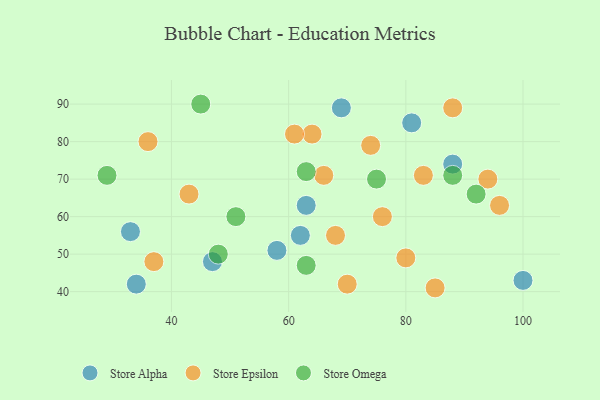
{"axis": {"x": "GDP", "y": "Life Expectancy"}, "legend": ["Store Alpha", "Store Epsilon", "Store Omega"], "data": [{"x": "88", "y": 74, "type": "Store Alpha"}, {"x": "62", "y": 55, "type": "Store Alpha"}, {"x": "63", "y": 63, "type": "Store Alpha"}, {"x": "33", "y": 56, "type": "Store Alpha"}, {"x": "47", "y": 48, "type": "Store Alpha"}, {"x": "34", "y": 42, "type": "Store Alpha"}, {"x": "100", "y": 43, "type": "Store Alpha"}, {"x": "58", "y": 51, "type": "Store Alpha"}, {"x": "81", "y": 85, "type": "Store Alpha"}, {"x": "69", "y": 89, "type": "Store Alpha"}, {"x": "76", "y": 60, "type": "Store Epsilon"}, {"x": "88", "y": 89, "type": "Store Epsilon"}, {"x": "94", "y": 70, "type": "Store Epsilon"}, {"x": "85", "y": 41, "type": "Store Epsilon"}, {"x": "70", "y": 42, "type": "Store Epsilon"}, {"x": "68", "y": 55, "type": "Store Epsilon"}, {"x": "64", "y": 82, "type": "Store Epsilon"}, {"x": "37", "y": 48, "type": "Store Epsilon"}, {"x": "66", "y": 71, "type": "Store Epsilon"}, {"x": "43", "y": 66, "type": "Store Epsilon"}, {"x": "80", "y": 49, "type": "Store Epsilon"}, {"x": "36", "y": 80, "type": "Store Epsilon"}, {"x": "61", "y": 82, "type": "Store Epsilon"}, {"x": "74", "y": 79, "type": "Store Epsilon"}, {"x": "96", "y": 63, "type": "Store Epsilon"}, {"x": "83", "y": 71, "type": "Store Epsilon"}, {"x": "75", "y": 70, "type": "Store Omega"}, {"x": "45", "y": 90, "type": "Store Omega"}, {"x": "63", "y": 47, "type": "Store Omega"}, {"x": "63", "y": 72, "type": "Store Omega"}, {"x": "29", "y": 71, "type": "Store Omega"}, {"x": "48", "y": 50, "type": "Store Omega"}, {"x": "92", "y": 66, "type": "Store Omega"}, {"x": "51", "y": 60, "type": "Store Omega"}, {"x": "88", "y": 71, "type": "Store Omega"}]}